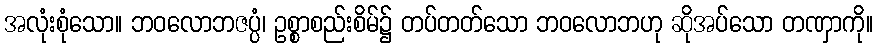
အလုံးစုံသော။ ဘဝလောဘဇပ္ပံ၊ ဥစ္စာစည်းစိမ်၌ တပ်တတ်သော ဘဝလောဘဟု ဆိုအပ်သော တဏှာကို။